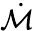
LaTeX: \dot{\mathcal{M}}